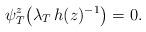
LaTeX: \begin{align*}\psi_T^z\big(\lambda_T \, h(z)^{-1}\big) = 0.\end{align*}